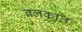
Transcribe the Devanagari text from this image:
बलकृतिः